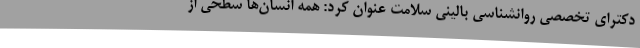
دکترای تخصصی روانشناسی بالینی سلامت عنوان کرد: همه انسان‌ها سطحی از